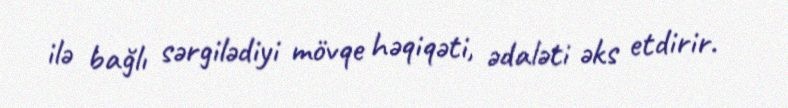
ilə bağlı sərgilədiyi mövqe həqiqəti, ədaləti əks etdirir.